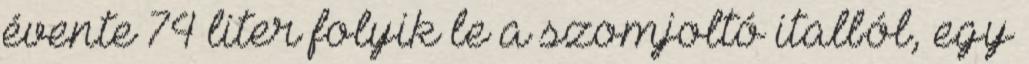
évente 74 liter folyik le a szomjoltó italból, egy